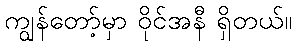
ကျွန်တော့်မှာ ဝိုင်အနီ ရှိတယ်။